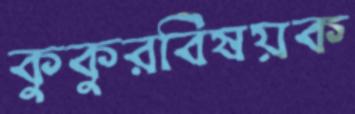
কুকুরবিষয়ক